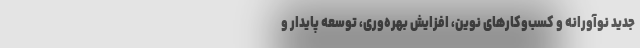
جدید نوآورانه و کسب‌وکارهای نوین، افزایش بهره‌وری، توسعه پایدار و